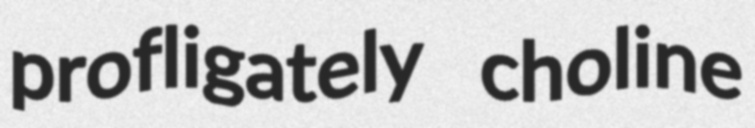
profligately choline